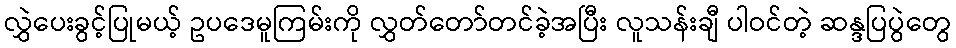
လွှဲပေးခွင့်ပြုမယ့် ဥပဒေမူကြမ်းကို လွှတ်တော်တင်ခဲ့အပြီး လူသန်းချီ ပါဝင်တဲ့ ဆန္ဒပြပွဲတွေ